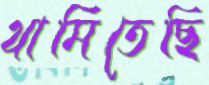
থামিতেছি